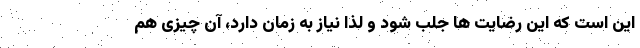
این است که این رضایت ها جلب شود و لذا نیاز به زمان دارد، آن چیزی هم